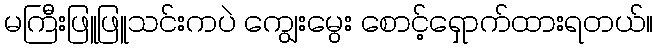
မကြီးဖြူဖြူသင်းကပဲ ကျွေးမွေး စောင့်ရှောက်ထားရတယ်။